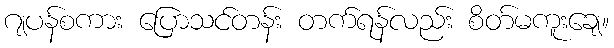
ဂျပန်စကား ပြောသင်တန်း တက်ရန်လည်း စိတ်မကူးချေ။